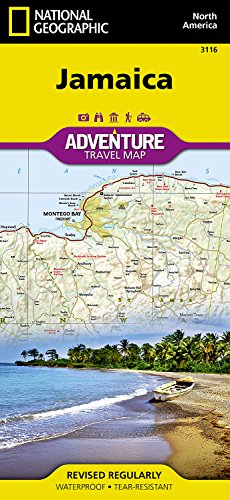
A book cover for Jamaica (National Geographic Adventure Map); National Geographic Maps - Adventure; Travel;